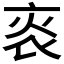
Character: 𤇯